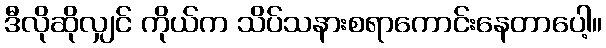
ဒီလိုဆိုလျှင် ကိုယ်က သိပ်သနားစရာကောင်းနေတာပေါ့။